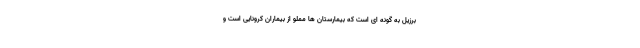
برزیل به گونه ای است که بیمارستان ها مملو از بیماران کرونایی است و